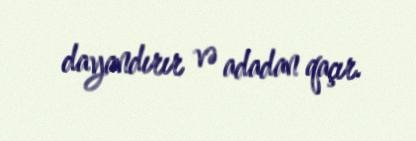
dayandırır və adadan qaçır.